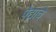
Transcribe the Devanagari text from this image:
पेंद्याचे